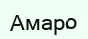
Амаро